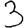
Digit: 3